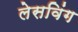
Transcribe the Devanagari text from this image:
लेसविंग